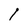
Character: l